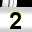
Digit: 2